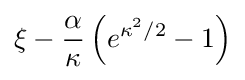
\xi -{\frac {\alpha }{\kappa }}\left(e^{\kappa ^{2}/2}-1\right)